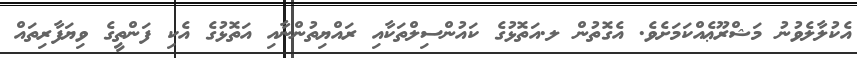
އެކުލާލެވުނު މަޝްރޫޢެއްކަމަށެވެ. އެގޮތުން ލ.އަތޮޅުގެ ކައުންސިލްތަކާއި ރައްޔިތުންނާއި އަތޮޅުގެ އެކި ފަންތީގެ ވިޔަފާރިތައް